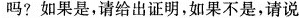
吗?如果是，请给出证明，如果不是，请说